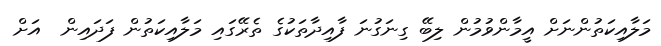
މަލާއިކަތުންނަށް އީމާންވުމުން ލިބޭ ގިނަގުނަ ފާއިދާތަކުގެ ތެރޭގައި މަލާއިކަތުން ފަދައިން  އަށް